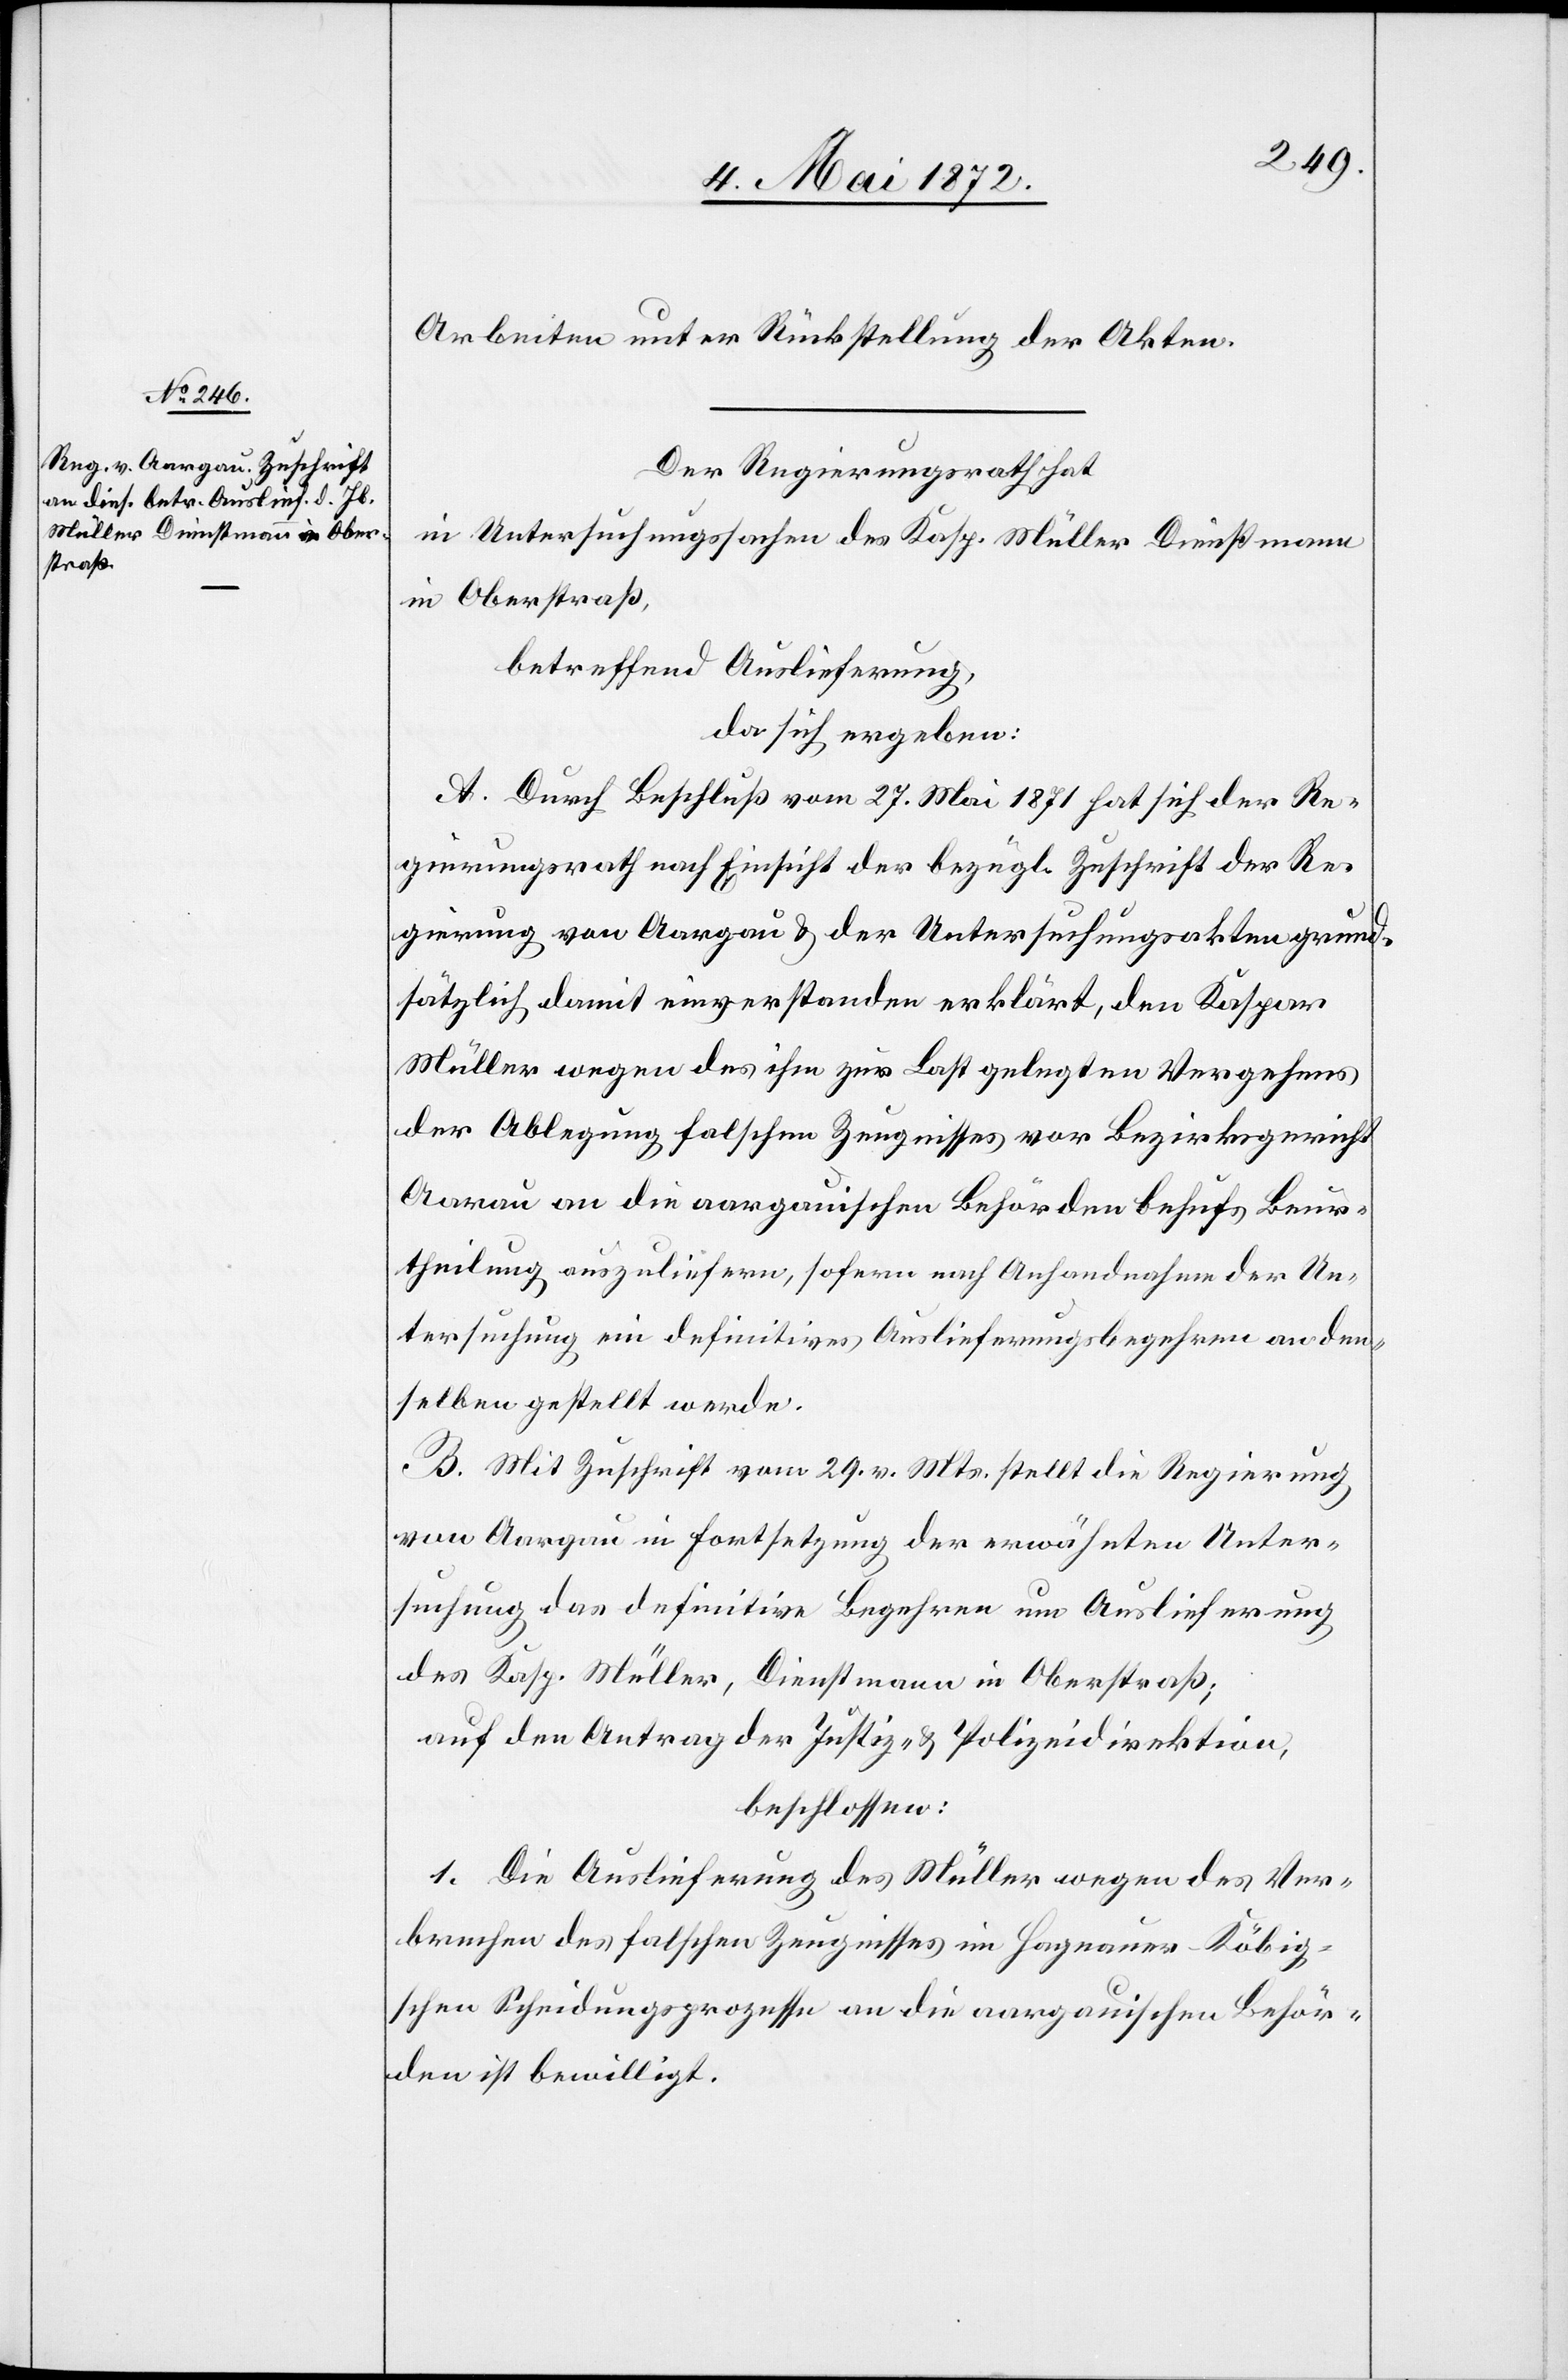
Arbeiten unter Rückstellung der Akten.
Der Regierungsrath hat
in Untersuchungssachen des Kasp. Müller[,] Dienstmann
in Oberstraß,
betreffend Auslieferung,
da sich ergeben:
A. Durch Beschluß vom 27. Mai 1871 hat sich der Re¬
gierungsrath nach Einsicht der bezügl. Zuschrift der Re¬
gierung von Aargau u. der Untersuchungsakten grund¬
sätzlich damit einverstanden erklärt, den Kaspar
Müller wegen des ihm zur Last gelegten Vergehens
der Ablegung falschen Zeugnisses vor Bezirksgericht
Aarau an die aargauischen Behörden behufs Beur¬
theilung auszuliefern, sofern nach Anhandnahme der Un¬
tersuchung ein definitives Auslieferungsbegehren an den¬
selben gestellt werde.
B. Mit Zuschrift vom 29. v. Mts. stellt die Regierung
von Aargau in Fortsetzung der erwähnten Unter¬
suchung das definitve Begehren um Auslieferung
des Kasp. Müller, Dienstmann in Oberstraß;
auf den Antrag der Justiz- u. Polizeidirektion,
beschlossen:
1. Die Auslieferung des Müller wegen des Ver¬
brechen des falschen Zeugnisses im Hagnauer-Köbi¬
g’schen Scheidungsprozesse an die aargauischen Behör¬
den ist bewilligt.